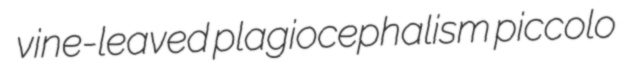
vine-leaved plagiocephalism piccolo